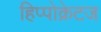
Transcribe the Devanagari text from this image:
हिप्पोक्रेटज